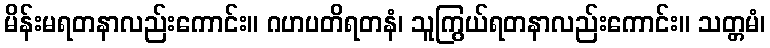
မိန်းမရတနာလည်းကောင်း။ ဂဟပတိရတနံ၊ သူကြွယ်ရတနာလည်းကောင်း။ သတ္တမံ၊